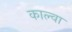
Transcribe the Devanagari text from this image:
काल्वा